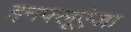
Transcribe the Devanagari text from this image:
इनफ्लूएंजा